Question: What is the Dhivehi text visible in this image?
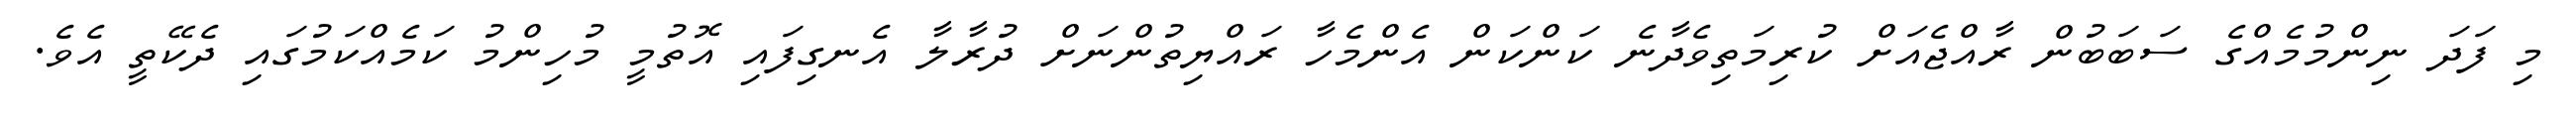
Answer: މި ފަދަ ނިންމުމެއްގެ ސަބަބުން ރާއްޖެއަށް ކުރިމަތިވެދާނެ ކަންކަން އެންމެހާ ރައްޔިތުންނަށް ދުރާލާ އެނގިފައި އޮތުމީ މުހިންމު ކަމެއްކަމުގައި ދެކޭތީ އެވެ.